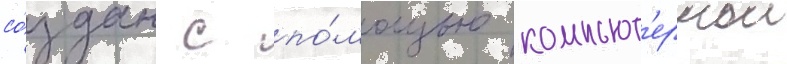
со́здан с по́мощью компьют'ернои